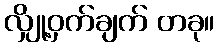
လျှို့ဝှက်ချက် တခု။